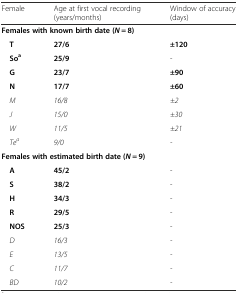
<table><thead><tr><td><b>Female</b></td><td><b>Age at first vocal recording (years/months)</b></td><td><b>Window of accuracy (days)</b></td></tr></thead><tbody><tr><td colspan="3"><b>Females with known birth date (</b><b><i>N</i></b> <b>= 8)</b></td></tr><tr><td> <b>T</b></td><td><b>27/6</b></td><td><b>±120</b></td></tr><tr><td> <b>So</b><sup><b>a</b></sup></td><td><b>25/9</b></td><td>-</td></tr><tr><td> <b>G</b></td><td><b>23/7</b></td><td><b>±90</b></td></tr><tr><td> <b>N</b></td><td><b>17/7</b></td><td><b>±60</b></td></tr><tr><td> <i>M</i></td><td><i>16/8</i></td><td><i>±2</i></td></tr><tr><td> <i>J</i></td><td><i>15/0</i></td><td><i>±30</i></td></tr><tr><td> <i>W</i></td><td><i>11/5</i></td><td><i>±21</i></td></tr><tr><td> <i>Te</i><sup><i>a</i></sup></td><td><i>9/0</i></td><td><i>-</i></td></tr><tr><td colspan="3"><b>Females with estimated birth date (</b><b><i>N</i></b> <b>= 9)</b></td></tr><tr><td> <b>A</b></td><td><b>45/2</b></td><td>-</td></tr><tr><td> <b>S</b></td><td><b>38/2</b></td><td>-</td></tr><tr><td> <b>H</b></td><td><b>34/3</b></td><td>-</td></tr><tr><td> <b>R</b></td><td><b>29/5</b></td><td>-</td></tr><tr><td> <b>NOS</b></td><td><b>25/3</b></td><td>-</td></tr><tr><td> <i>D</i></td><td><i>16/3</i></td><td><i>-</i></td></tr><tr><td> <i>E</i></td><td><i>13/5</i></td><td><i>-</i></td></tr><tr><td> <i>C</i></td><td><i>11/7</i></td><td><i>-</i></td></tr><tr><td> <i>BD</i></td><td><i>10/2</i></td><td><i>-</i></td></tr></tbody></table>